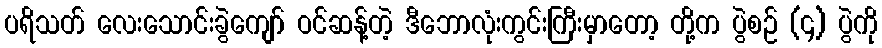
ပရိသတ် လေးသောင်းခွဲကျော် ဝင်ဆန့်တဲ့ ဒီဘောလုံးကွင်းကြီးမှာတော့ တို့က ပွဲစဉ် (၄) ပွဲကို